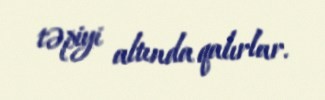
təpiyi altında qalırlar.